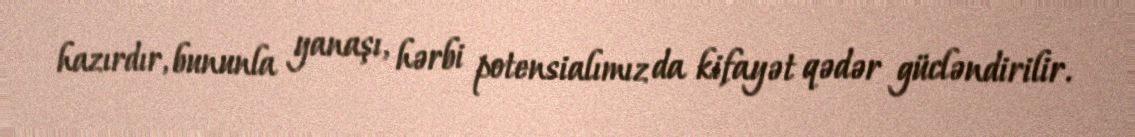
hazırdır, bununla yanaşı, hərbi potensialımız da kifayət qədər gücləndirilir.